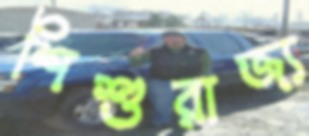
শিশুরাজ্য